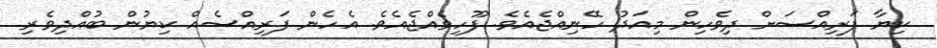
ކިޔާ ފަރިއްސަށް ދިވެހިން މިއަދު ހޭނިއްޖެއެވެ. ފޫހިވެއްޖެއެވެ. އެހެން ފަރިއްސެއް ކިޔުން ބުއްދިވެރި